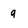
Character: g